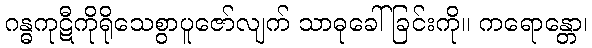
ဂန္ဓကုဋီကိုရိုသေစွာပူဇော်လျက် သာဓုခေါ်ခြင်းကို။ ကရောန္တော၊